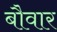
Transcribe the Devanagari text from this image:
बौवार